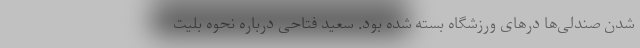
شدن صندلی‌ها درهای ورزشگاه بسته شده بود. سعید فتاحی درباره نحوه بلیت‌